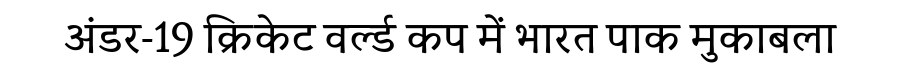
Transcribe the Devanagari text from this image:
अंडर-19 क्रिकेट वर्ल्ड कप में भारत पाक मुकाबला